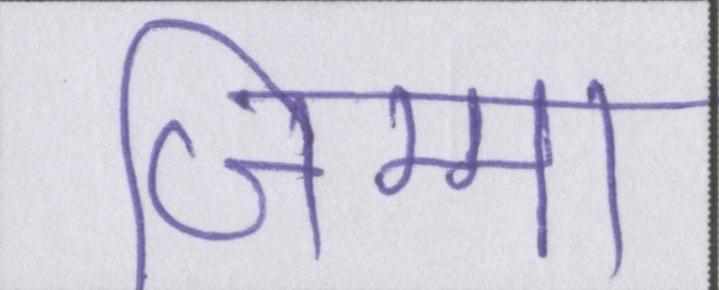
जिम्मा